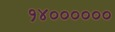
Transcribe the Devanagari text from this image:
१४००००००